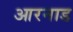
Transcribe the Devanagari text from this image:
आरनाड